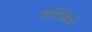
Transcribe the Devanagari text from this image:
जॉर्जिने